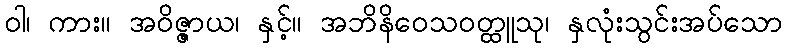
ဝါ၊ ကား။ အဝိဇ္ဇာယ၊ နှင့်။ အဘိနိဝေသဝတ္ထူသု၊ နှလုံးသွင်းအပ်သော